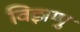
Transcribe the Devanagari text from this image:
विझणु